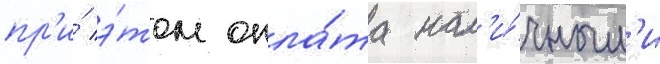
пр'и́ э́том опла́та нал'и́чным'и